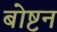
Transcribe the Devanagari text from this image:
बोष्टन